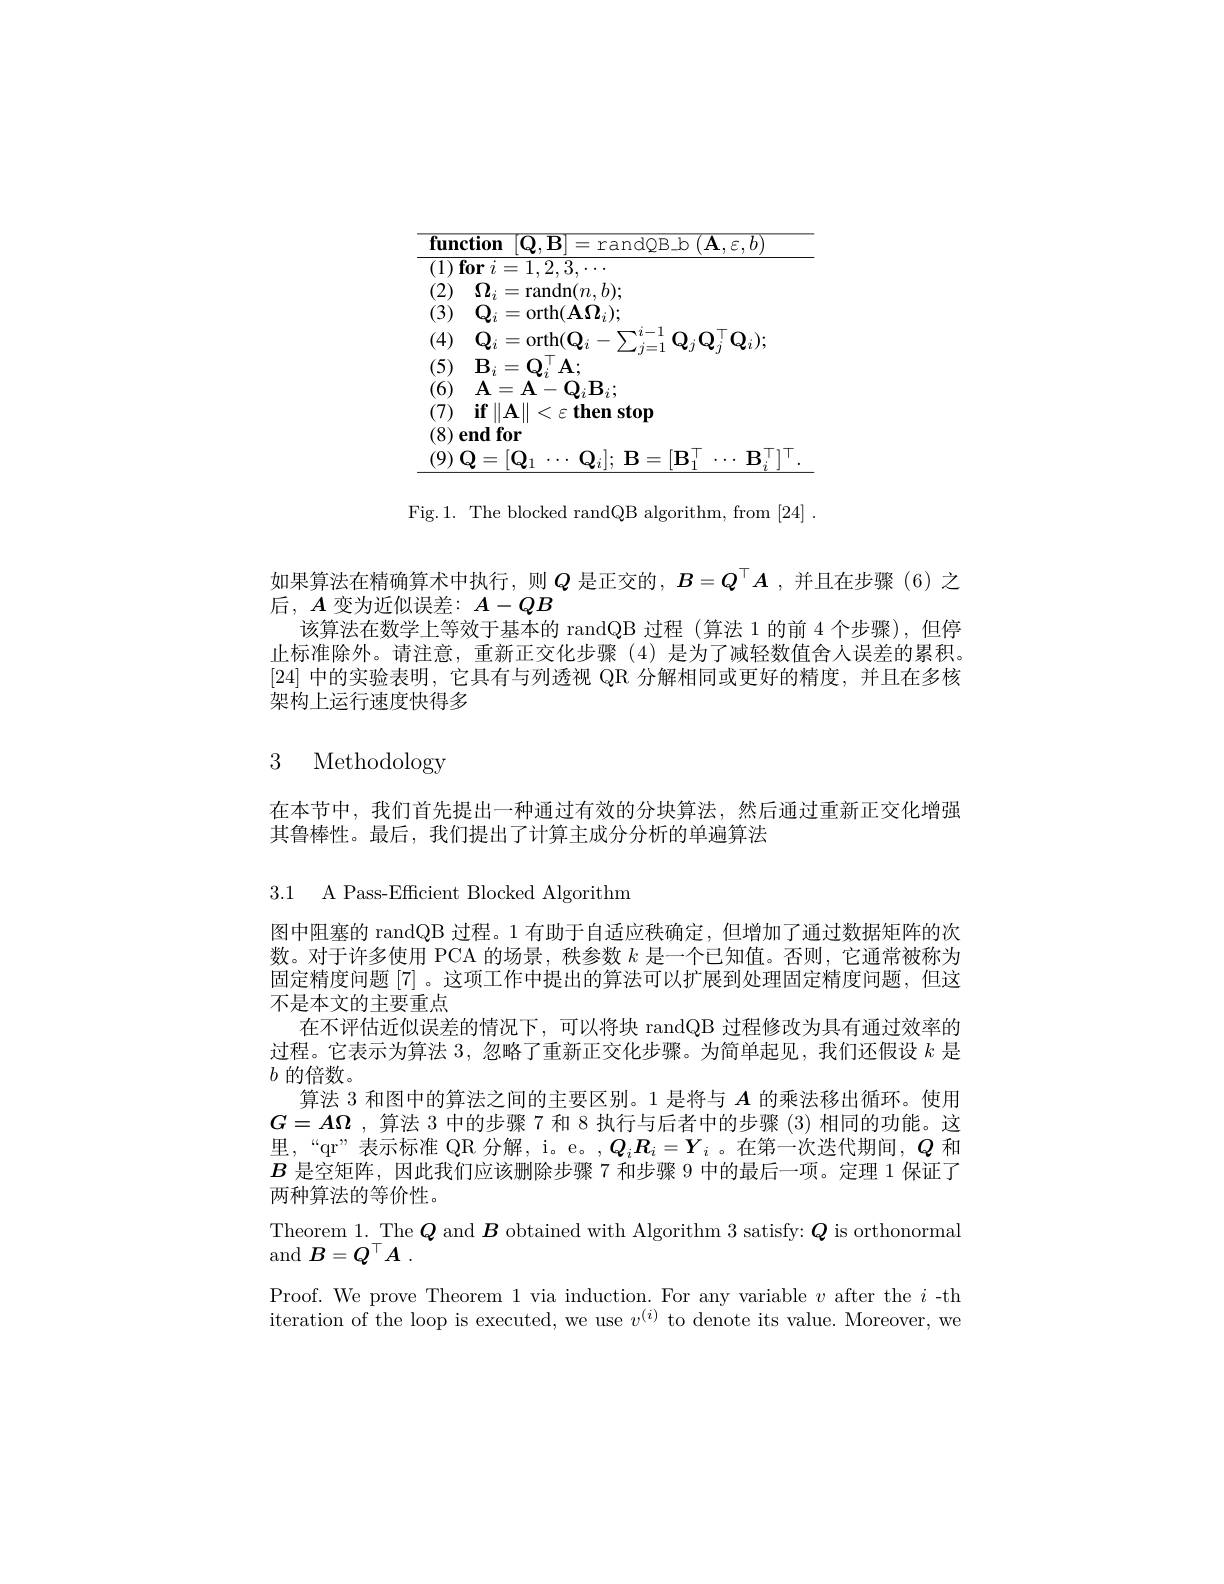
<table>
	<tbody>
		<tr>
			<td>$\overline{\mathbf{fur}}$ .</td>
			<td>${\textbf{function}}$ $[\mathbf{Q},\mathbf{I}$</td>
			<td>三 randQB_b $\circ(\mathbf{A},\varepsilon,b$</td>
		</tr>
	</tbody>
</table>

Fig.1. The blocked randQB algorithm, from [24].

如果算法在精确算术中执行，则$Q$ 是正交的，$B=Q^\top A$ ,并且在步骤(6)之
后$,A$变为近似误差：$A-QB$
该算法在数学上等效于基本的 randQB 过程 (算法 1 的前 4 个步骤),但停止标准除外。请注意，重新正交化步骤(4)是为了减轻数值舍人误差的累积。[24]中的实验表明，它具有与列透视 QR 分解相同或更好的精度，并且在多核架构上运行速度快得多

3 Methodology

在本节中，我们首先提出一种通过有效的分块算法，然后通过重新正交化增强
其鲁棒性。最后，我们提出了计算主成分分析的单遍算法
3.1 A Pass-Efficient Blocked Algorithm
图中阻塞的 randQB 过程。1 有助于自适应秩确定，但增加了通过数据矩阵的次数。对于许多使用 PCA 的场景，秩参数$k$是一个已知值。否则，它通常被称为固定精度问题[7]。这项工作中提出的算法可以扩展到处理固定精度问题，但这不是本文的主要重点
在不评估近似误差的情况下，可以将块 randQB 过程修改为具有通过效率的过程。它表示为算法3，忽略了重新正交化步骤。为简单起见，我们还假设$k$是$b$的倍数。
算法 3 和图中的算法之间的主要区别。1 是将与$A$的乘法移出循环。使用$G=A\Omega$ ,算法 3 中的步骤 7 和 8 执行与后者中的步骤 (3) 相同的功能。这里，“qr”表示标准 QR 分解，i。e。,$Q_i\boldsymbol{R}_i=\boldsymbol{Y}_i$ 。在第一次迭代期间，$\boldsymbol Q$和$B$是空矩阵，因此我们应该删除步骤 7 和步骤 9 中的最后一项。定理 1 保证了两种算法的等价性。
Theorem $1.\underset{-}{\operatorname*{The}}\boldsymbol{Q}$ and $\boldsymbol B$ obtained with Algorithm 3 satisfy: $\boldsymbol Q$ is orthonormal
and $B= Q^{\top }A$ .
Proof. We prove Theorem 1 via induction. For any variable $v$ after the $i$-th iteration of the loop is executed, we use $v^{(i)}$ to denote its value. Moreover, we